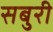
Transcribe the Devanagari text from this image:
सबुरी